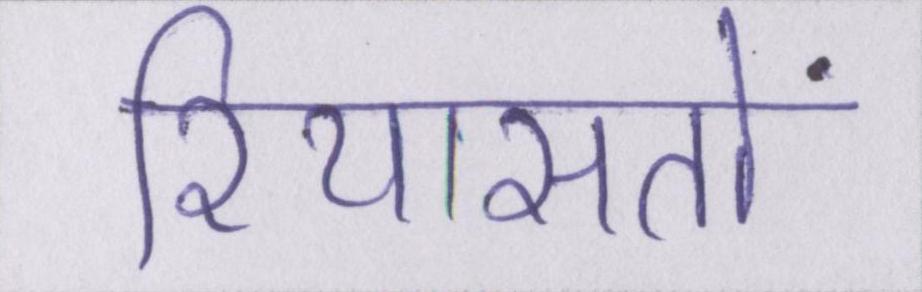
रियासतों